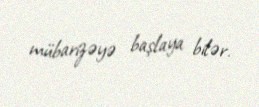
mübarizəyə başlaya bilər.